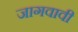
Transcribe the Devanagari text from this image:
जागवावी